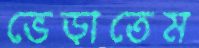
ভেড়াতেম